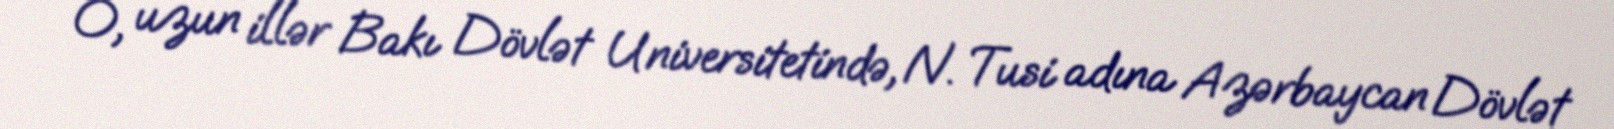
O, uzun illər Bakı Dövlət Universitetində, N. Tusi adına Azərbaycan Dövlət